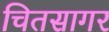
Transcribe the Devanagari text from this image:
चितसागर